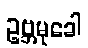
ဥဗ္ဘမုခေါ